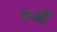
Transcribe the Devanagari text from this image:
रुआँ